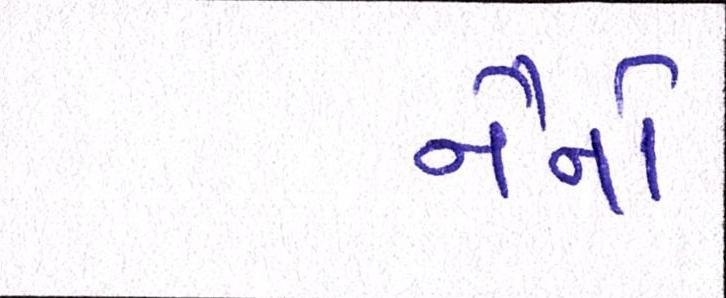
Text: નૈનોં